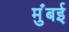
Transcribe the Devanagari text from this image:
मुंंबई